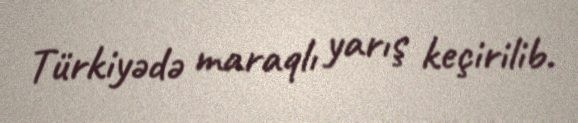
Türkiyədə maraqlı yarış keçirilib.